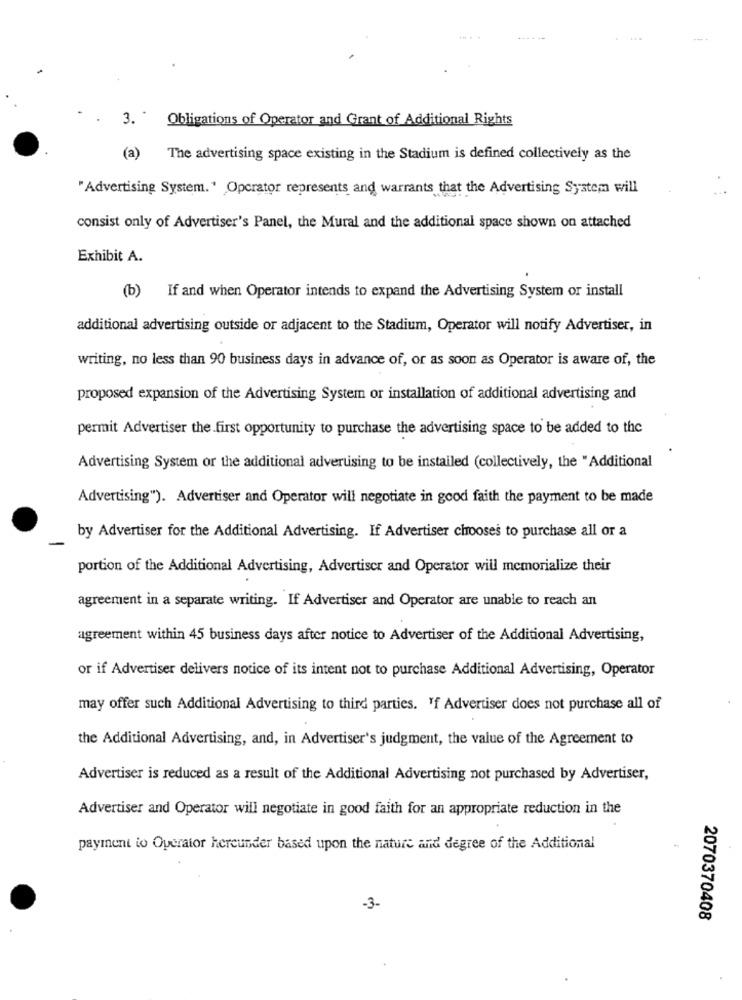
3.
Obligations of Operator and Grant of Additional Rights
(a)
The advertising space existing in the Stadium is defined collectively as the
" Advertising System. ' Operator represents and warrants that the Advertising System will
consist only of Advertiser's Panel, the Mural and the additional space shown on attached
Exhibit A.
(b) If and when Operator intends to expand the Advertising System or install
additional advertising outside or adjacent to the Stadium, Operator will notify Advertiser, in
writing, no less than 90 business days in advance of, or as soon as Operator is aware of, the
proposed expansion of the Advertising System or installation of additional advertising and
permit Advertiser the first opportunity to purchase the advertising space to be added to the
Advertising System or the additional advertising to be installed (collectively, the "Additional
Advertising"). Advertiser and Operator will negotiate in good faith the payment to be made
by Advertiser for the Additional Advertising. If Advertiser chooses to purchase all or a
portion of the Additional Advertising, Advertiser and Operator will memorialize their
agreement in a separate writing. If Advertiser and Operator are unable to reach an
agreement within 45 business days after notice to Advertiser of the Additional Advertising,
or if Advertiser delivers notice of its intent not to purchase Additional Advertising, Operator
may offer such Additional Advertising to third parties. "f Advertiser does not purchase all of
the Additional Advertising, and, in Advertiser's judgment, the value of the Agreement to
Advertiser is reduced as a result of the Additional Advertising not purchased by Advertiser,
Advertiser and Operator will negotiate in good faith for an appropriate reduction in the
payment to Operator hereunder based upon the nature and degree of the Additional
-3-
2070370408